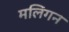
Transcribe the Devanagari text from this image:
मलिगन